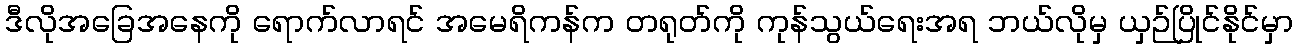
ဒီလိုအခြေအနေကို ရောက်လာရင် အမေရိကန်က တရုတ်ကို ကုန်သွယ်ရေးအရ ဘယ်လိုမှ ယှဉ်ပြိုင်နိုင်မှာ